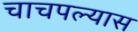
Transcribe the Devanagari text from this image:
चाचपल्यास